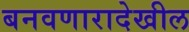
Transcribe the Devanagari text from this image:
बनवणारादेखील